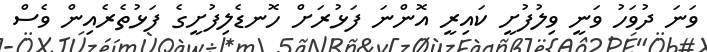
ވަނަ ދުވަހު ވަނީ ވިލުފުށީ ކައިރީ އޮންނަ ފަޅުރަށް ހޮނޑެލިފުށީގެ ފަޅުތެރެއިން ވެސް